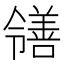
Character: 𫅜